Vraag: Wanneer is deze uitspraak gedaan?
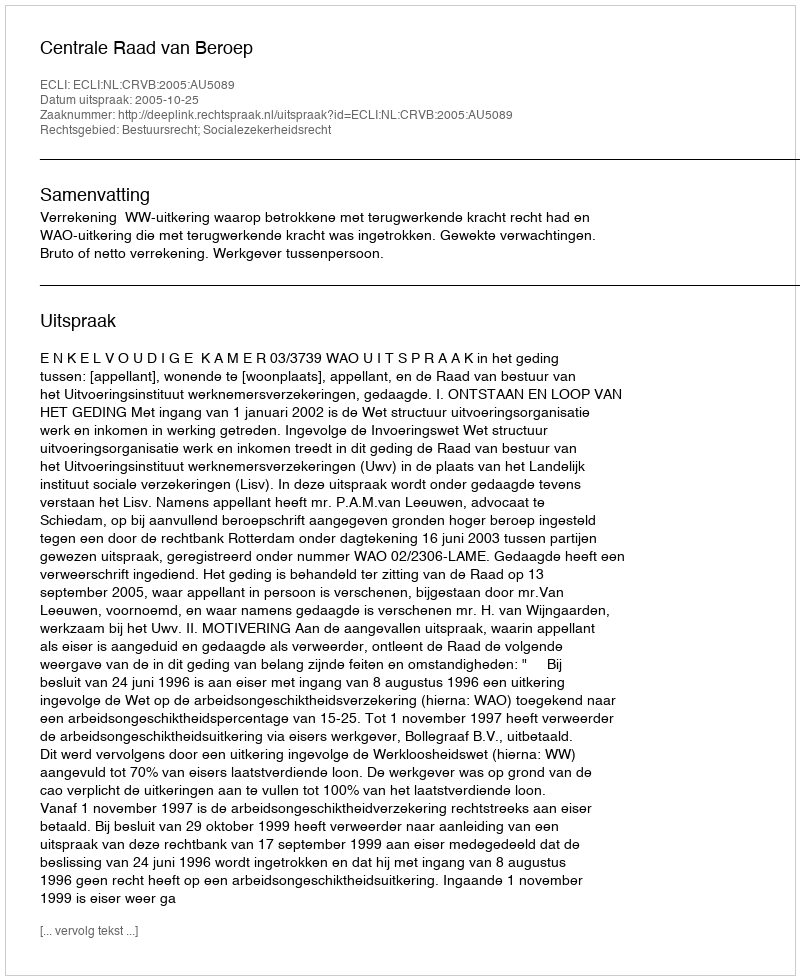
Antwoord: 2005-10-25